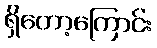
ရှိတော့ကြောင်း